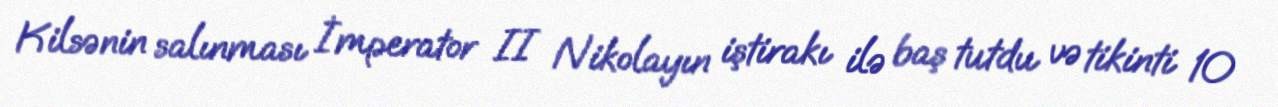
Kilsənin salınması İmperator II Nikolayın iştirakı ilə baş tutdu və tikinti 10